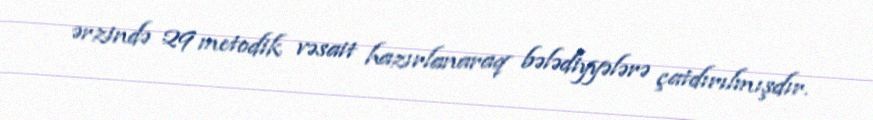
ərzində 29 metodik vəsait hazırlanaraq bələdiyyələrə çatdırılmışdır.